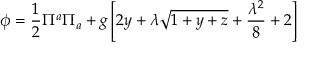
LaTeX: \phi = \frac { 1 } { 2 } \Pi ^ { a } \Pi _ { a } + g \left[ 2 y + \lambda \sqrt { 1 + y + z } + \frac { \lambda ^ { 2 } } { 8 } + 2 \right]